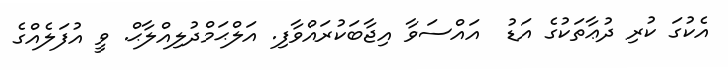
އެކުގަ ކުރި ދުޢާތަކުގެ އަޑު  އައްސަވާ އިޖާބަކުރައްވާފި. އަލްޙަމްދުލިއްލާޙް. ވީ އުފަލެއްގެ